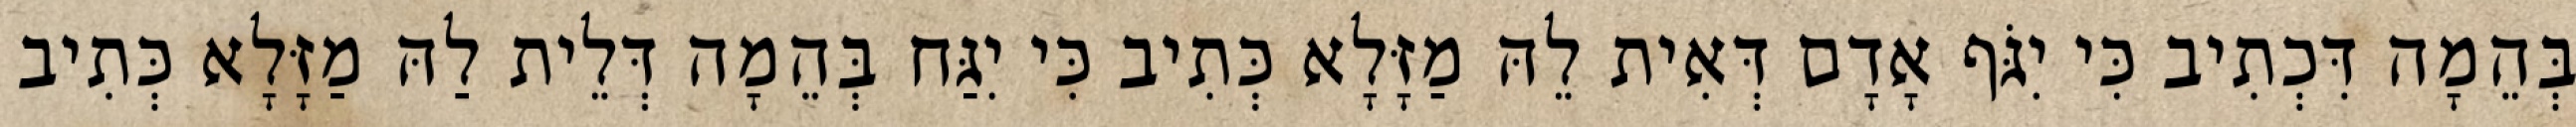
בְּהֵמָה דִּכְתִיב כִּי יִגֹּף אָדָם דְּאִית לֵהּ מַזָּלָא כְּתִיב כִּי יִגַּח בְּהֵמָה דְּלֵית לַהּ מַזָּלָא כְּתִיב